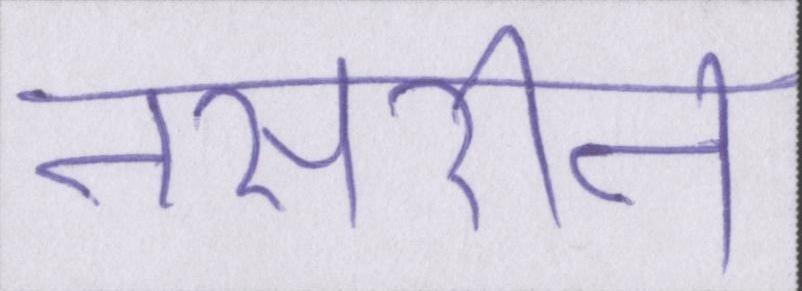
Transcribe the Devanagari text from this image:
नसरीन